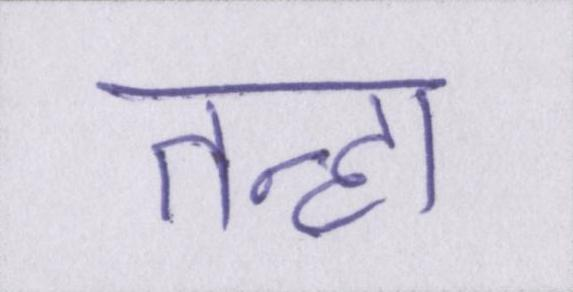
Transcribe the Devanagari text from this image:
तन्हा